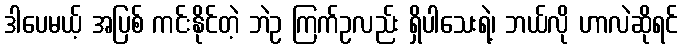
ဒါပေမယ့် အပြစ် ကင်းနိုင်တဲ့ ဘဲဥ ကြက်ဥလည်း ရှိပါသေးရဲ့၊ ဘယ်လို ဟာလဲဆိုရင်